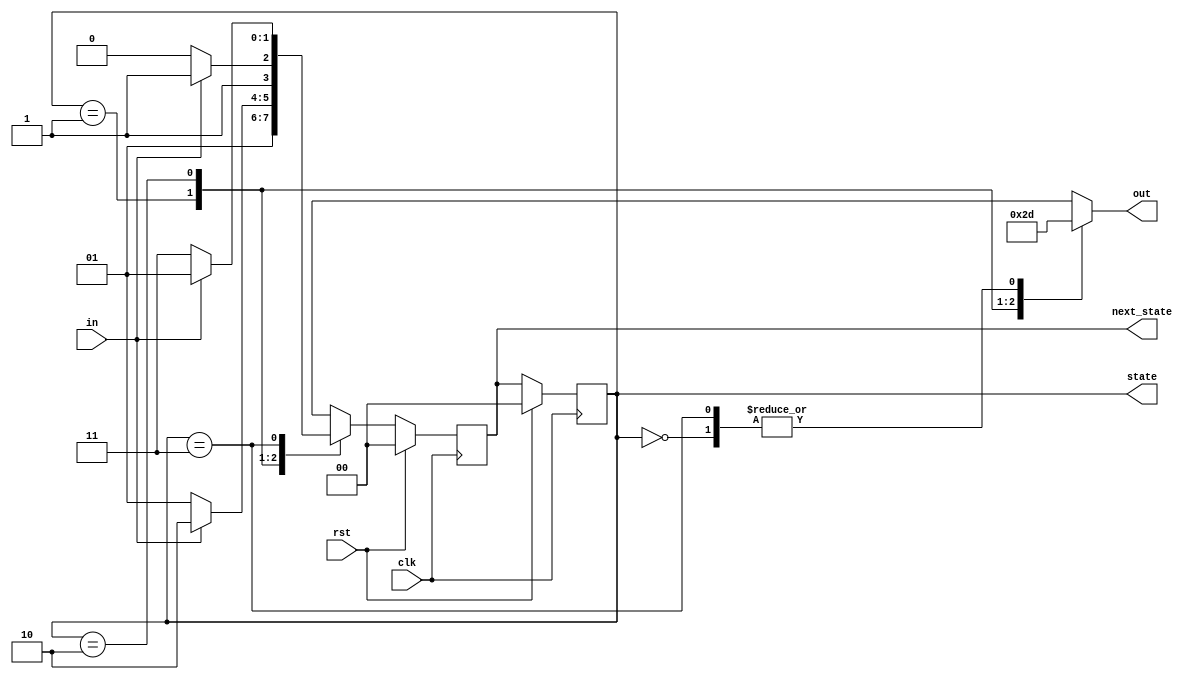
//FSM example: Moore machine

module moore_machine_module(clk, in, rst, out, state, next_state);
	input clk, in, rst;
	
	output [1:0] out, state, next_state;
	reg	[1:0] out, state, next_state;
 
	//States
	parameter S0 = 0, S1 = 1, S2 = 2, S3 = 3;
		
	//Determine the output depending on the current state only 
	always @ (state) begin
		case (state)
			S0:	out = S1;
			S1:	out = S2;
			S2:	out = S3;
			S3:	out = S1;
			default: out = S0;
		endcase
	end
	
	//Update the current state
	always @ (posedge clk) 
	begin
		if (rst == 1'b1)
			state = S0;
		else
			state = next_state;
	end

	//Determine the next state
	always @ (posedge clk) 
	begin
		if (rst == 1'b1)
			next_state <= S0;
		else
		begin
			case (state)
				S0: 
				begin
					next_state <= S1;
				end
				S1:
				begin
					if (in == 1'b1)
						next_state <= S2;
					else
						next_state <= S1;
				end
				S2:
				begin
					if (in == 1'b1)
						next_state <= S3;
					else
						next_state <= S2;
				end
				S3:
				begin
					if (in == 1'b1)
						next_state <= S1;
					else
						next_state <= S3;
				end
			endcase
		end
	end
	
endmodule